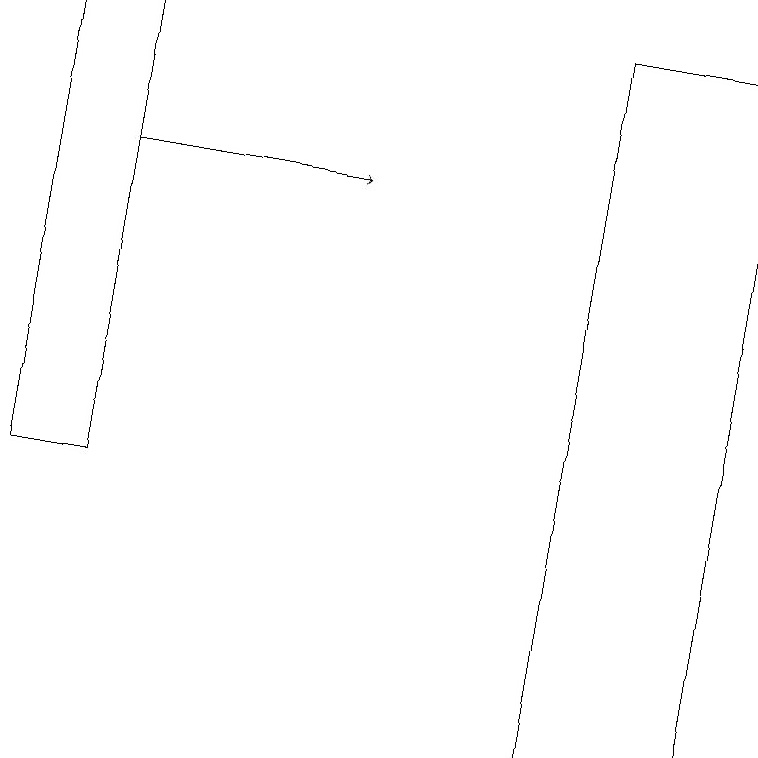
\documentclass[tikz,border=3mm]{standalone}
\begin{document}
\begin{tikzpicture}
\draw[->] (1,17) -- (4,17);
\draw (9,10) rectangle (7,19);
\draw (0,19) rectangle (1,13);
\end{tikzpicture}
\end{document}